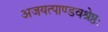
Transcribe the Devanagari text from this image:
अजयत्पाण्डवश्रेष्ठः